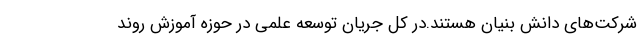
شرکت‌های دانش بنیان هستند.در کل جریان توسعه علمی در حوزه آموزش روند